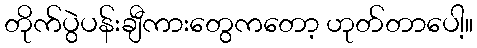
တိုက်ပွဲပန်းချီကားတွေကတော့ ဟုတ်တာပေါ့။